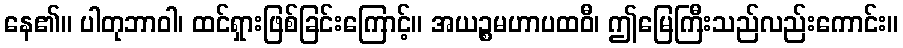
နေ၏။ ပါတုဘာဝါ၊ ထင်ရှားဖြစ်ခြင်းကြောင့်။ အယဉ္စမဟာပထဝီ၊ ဤမြေကြီးသည်လည်းကောင်း။